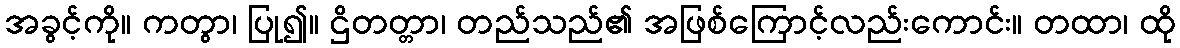
အခွင့်ကို။ ကတွာ၊ ပြု၍။ ဌိတတ္တာ၊ တည်သည်၏ အဖြစ်ကြောင့်လည်းကောင်း။ တထာ၊ ထို